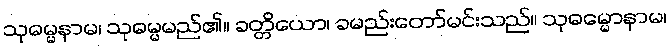
သုဓမ္မနာမ၊ သုဓမ္မမည်၏။ ခတ္တိယော၊ ခမည်းတော်မင်းသည်။ သုဓမ္မောနာမ၊